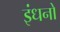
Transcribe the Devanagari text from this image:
इंधनो